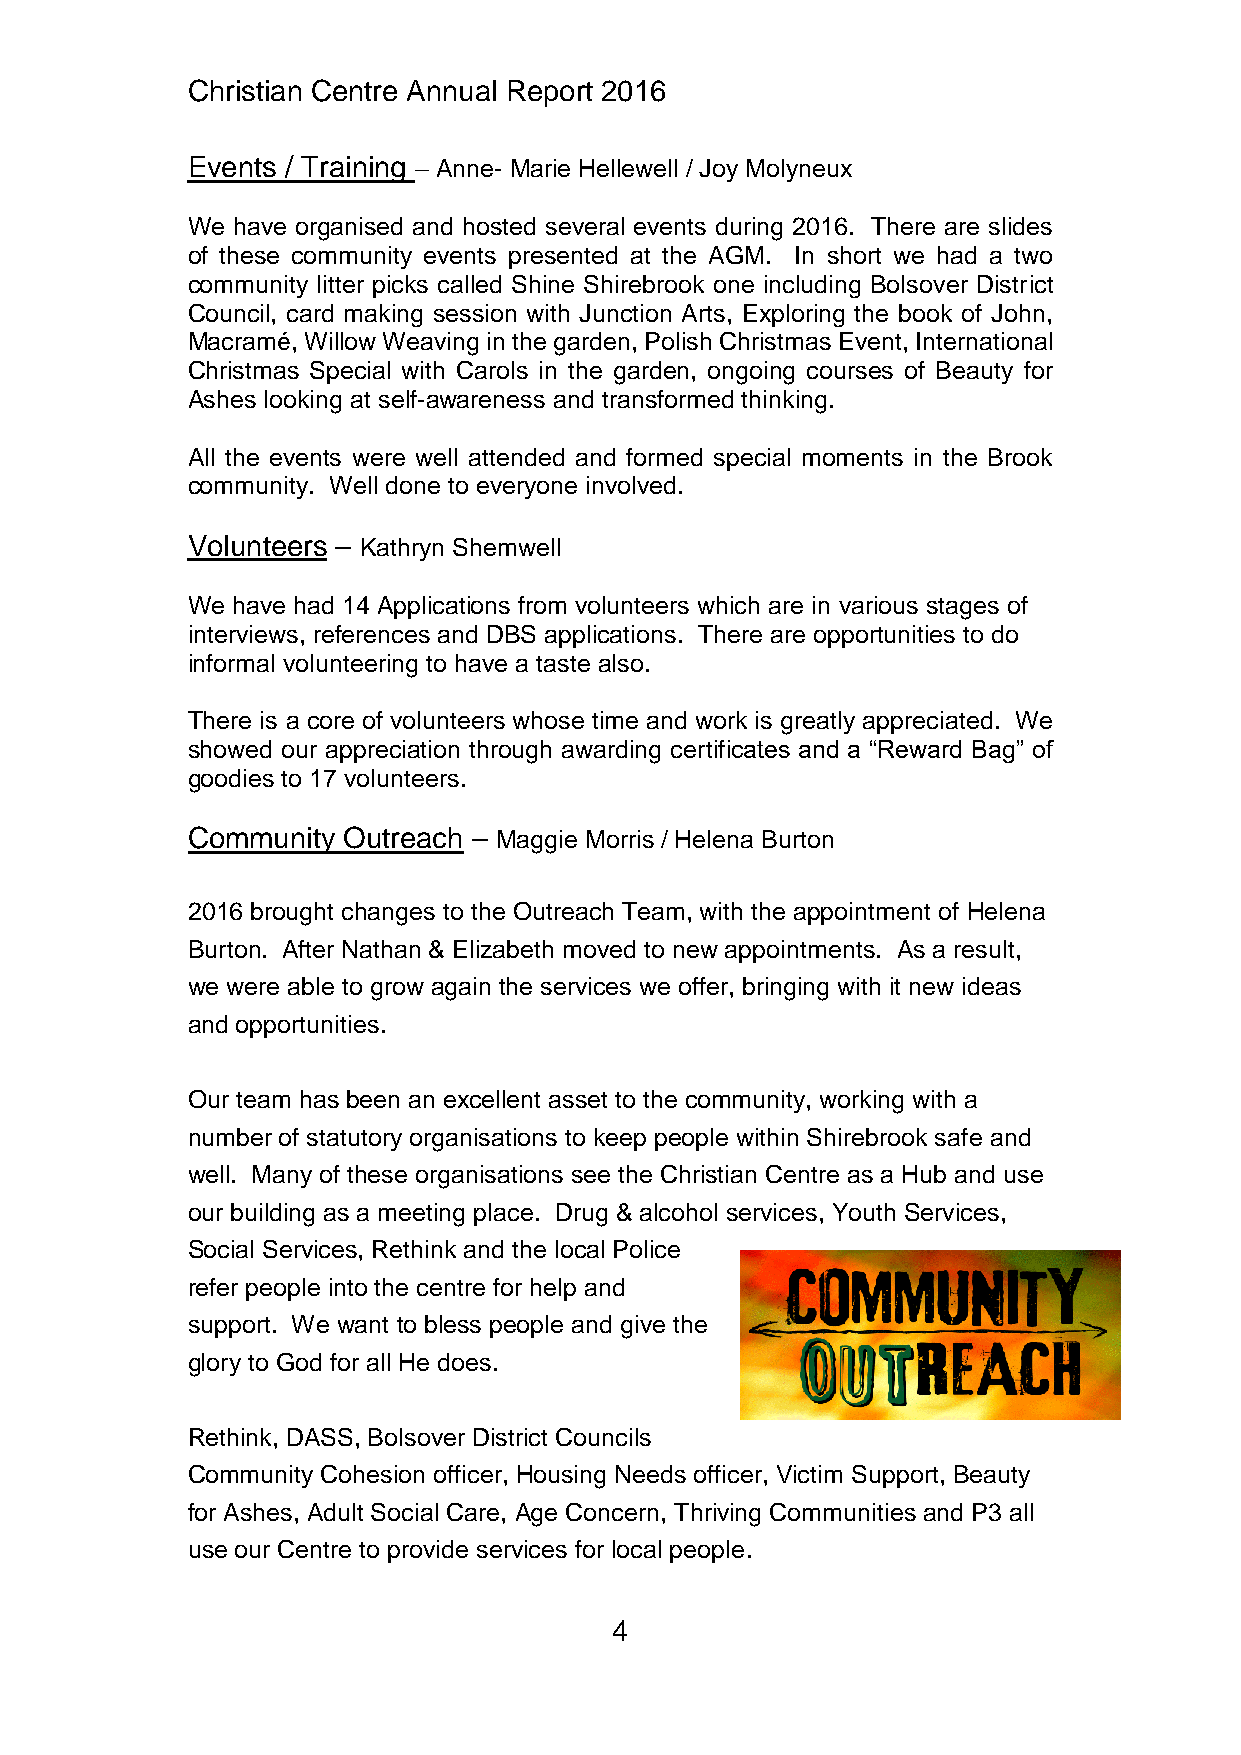
Christian Centre Annual Report 2016
 Events / Training – Anne- Marie Hellewell / Joy Molyneux
 We have organised and hosted several events during 2016. There are slides
 of these community events presented at the AGM. In short we had a two
 community litter picks called Shine Shirebrook one including Bolsover District
 Council, card making session with Junction Arts, Exploring the book of John,
 Macramé, Willow Weaving in the garden, Polish Christmas Event, International
 Christmas Special with Carols in the garden, ongoing courses of Beauty for
 Ashes looking at self-awareness and transformed thinking.
 All the events were well attended and formed special moments in the Brook
 community. Well done to everyone involved.
 Volunteers – Kathryn Shemwell
 We have had 14 Applications from volunteers which are in various stages of
 interviews, references and DBS applications. There are opportunities to do
 informal volunteering to have a taste also.
 There is a core of volunteers whose time and work is greatly appreciated. We
 showed our appreciation through awarding certificates and a “Reward Bag” of
 goodies to 17 volunteers.
 Community  Outreach – Maggie Morris / Helena Burton
 2016 brought changes to the Outreach Team, with the appointment of Helena
 Burton. After Nathan & Elizabeth moved to new appointments. As a result,
 we were able to grow again the services we offer, bringing with it new ideas
 and opportunities.
 Our team has been an excellent asset to the community, working with a
 number of statutory organisations to keep people within Shirebrook safe and
 well. Many of these organisations see the Christian Centre as a Hub and use
 our building as a meeting place. Drug & alcohol services, Youth Services,
 Social Services, Rethink and the local Police
 refer people into the centre for help and
 support. We want to bless people and give the
 glory to God for all He does.
 Rethink, DASS, Bolsover District Councils
 Community Cohesion officer, Housing Needs officer, Victim Support, Beauty
 for Ashes, Adult Social Care, Age Concern, Thriving Communities and P3 all
 use our Centre to provide services for local people.
 4